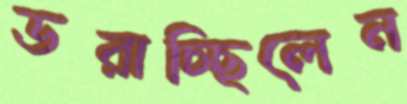
ডরাচ্ছিলেন